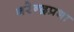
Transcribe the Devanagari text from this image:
नरेन्द्रप्रभा